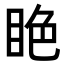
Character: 𥅺